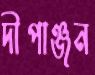
দীপাঞ্জন